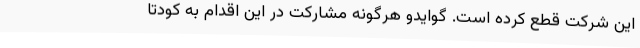
این شرکت قطع کرده است. گوایدو هرگونه مشارکت در این اقدام به کودتا